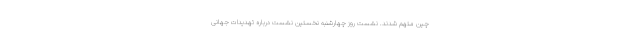
چین متهم شدند. نشست روز چهارشنبه نخستین نشست درباره تهدیدات جهانی